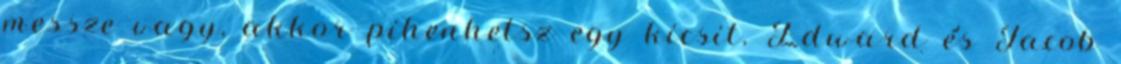
messze vagy, akkor pihenhetsz egy kicsit. Edward és Jacob